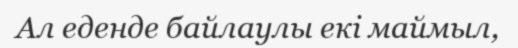
Ал еденде байлаулы екі маймыл,